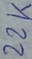
Text: 22K